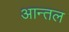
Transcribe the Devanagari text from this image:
आन्तल